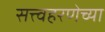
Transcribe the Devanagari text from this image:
सत्त्वहरणेच्या